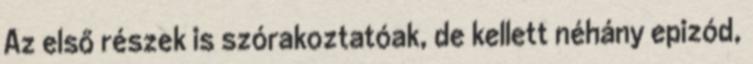
Az első részek is szórakoztatóak, de kellett néhány epizód,